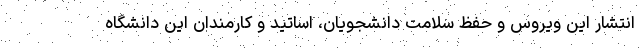
انتشار این ویروس و حفظ سلامت دانشجویان، اساتید و کارمندان این دانشگاه